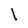
Character: l